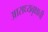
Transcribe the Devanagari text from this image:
आराध्यवृक्षाची